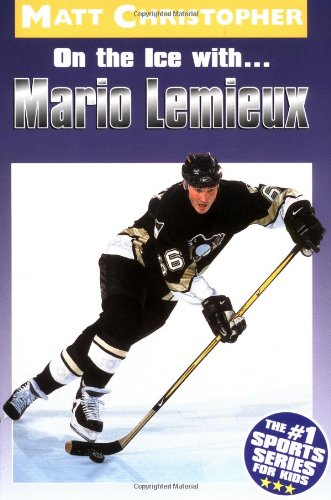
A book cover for On the Ice with... Mario Lemieux; Matt Christopher; Children's Books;